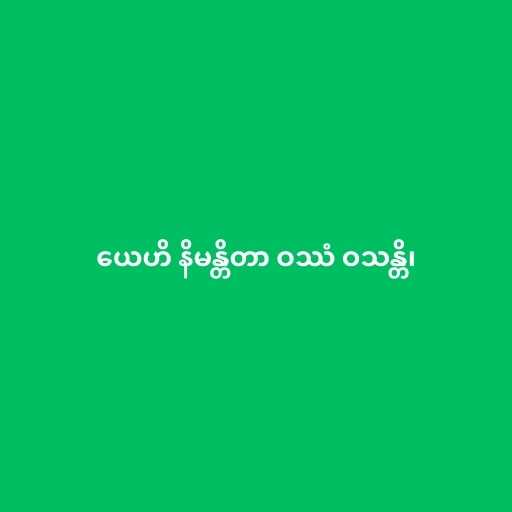
ယေဟိ နိမန္တိတာ ဝဿံ ဝသန္တိ၊